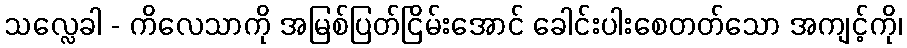
သလ္လေခါ - ကိလေသာကို အမြစ်ပြတ်ငြိမ်းအောင် ခေါင်းပါးစေတတ်သော အကျင့်ကို၊